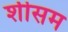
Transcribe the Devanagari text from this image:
शीसम